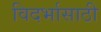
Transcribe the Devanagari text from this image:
विदर्भासाठी